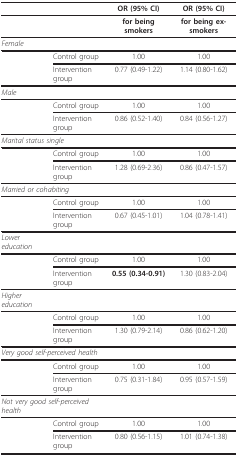
<table><thead><tr><td></td><td></td><td><b>OR (95% CI)</b></td><td><b>OR (95% CI)</b></td></tr></thead><tbody><tr><td></td><td></td><td><b>for being smokers</b></td><td><b>for being ex-smokers</b></td></tr><tr><td><i>Female</i></td><td></td><td></td><td></td></tr><tr><td></td><td>Control group</td><td>1.00</td><td>1.00</td></tr><tr><td></td><td>Intervention group</td><td>0.77 (0.49-1.22)</td><td>1.14 (0.80-1.62)</td></tr><tr><td><i>Male</i></td><td></td><td></td><td></td></tr><tr><td></td><td>Control group</td><td>1.00</td><td>1.00</td></tr><tr><td></td><td>Intervention group</td><td>0.86 (0.52-1.40)</td><td>0.84 (0.56-1.27)</td></tr><tr><td colspan="2"><i>Marital status single</i></td><td></td><td></td></tr><tr><td></td><td>Control group</td><td>1.00</td><td>1.00</td></tr><tr><td></td><td>Intervention group</td><td>1.28 (0.69-2.36)</td><td>0.86 (0.47-1.57)</td></tr><tr><td colspan="2"><i>Married or cohabiting</i></td><td></td><td></td></tr><tr><td></td><td>Control group</td><td>1.00</td><td>1.00</td></tr><tr><td></td><td>Intervention group</td><td>0.67 (0.45-1.01)</td><td>1.04 (0.78-1.41)</td></tr><tr><td><i>Lower education</i></td><td></td><td></td><td></td></tr><tr><td></td><td>Control group</td><td>1.00</td><td>1.00</td></tr><tr><td></td><td>Intervention group</td><td><b>0.55 (0.34-0.91)</b></td><td>1.30 (0.83-2.04)</td></tr><tr><td><i>Higher education</i></td><td></td><td></td><td></td></tr><tr><td></td><td>Control group</td><td>1.00</td><td>1.00</td></tr><tr><td></td><td>Intervention group</td><td>1.30 (0.79-2.14)</td><td>0.86 (0.62-1.20)</td></tr><tr><td colspan="2"><i>Very good self-perceived health</i></td><td></td><td></td></tr><tr><td></td><td>Control group</td><td>1.00</td><td>1.00</td></tr><tr><td></td><td>Intervention group</td><td>0.75 (0.31-1.84)</td><td>0.95 (0.57-1.59)</td></tr><tr><td colspan="2"><i>Not very good self-perceived health</i></td><td></td><td></td></tr><tr><td></td><td>Control group</td><td>1.00</td><td>1.00</td></tr><tr><td></td><td>Intervention group</td><td>0.80 (0.56-1.15)</td><td>1.01 (0.74-1.38)</td></tr></tbody></table>